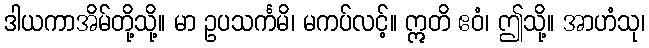
ဒါယကာအိမ်တို့သို့။ မာ ဥပသင်္ကမိ၊ မကပ်လင့်။ ဣတိ ဧဝံ၊ ဤသို့။ အာဟံသု၊